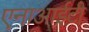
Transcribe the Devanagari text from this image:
एनाआईटी